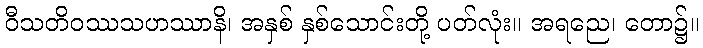
ဝီသတိဝဿသဟဿာနိ၊ အနှစ် နှစ်သောင်းတို့ ပတ်လုံး။ အရညေ၊ တော၌။